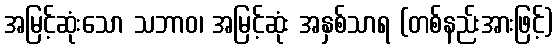
အမြင့်ဆုံးသော သဘာဝ၊ အမြင့်ဆုံး အနှစ်သာရ (တစ်နည်းအားဖြင့်)